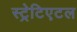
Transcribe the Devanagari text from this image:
स्ट्रेटिएटल